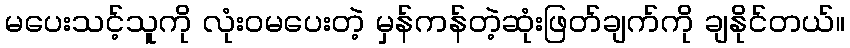
မပေးသင့်သူကို လုံးဝမပေးတဲ့ မှန်ကန်တဲ့ဆုံးဖြတ်ချက်ကို ချနိုင်တယ်။